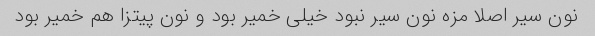
نون سیر اصلا مزه نون سیر نبود خیلی خمیر بود و نون پیتزا هم خمیر بود